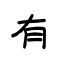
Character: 有